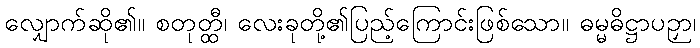
လျှောက်ဆို၏။ စတုတ္ထီ၊ လေးခုတို့၏ပြည့်ကြောင်းဖြစ်သော။ ဓမ္မဓိဋ္ဌာပဉှာ၊